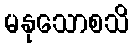
မနုသောစသိ